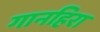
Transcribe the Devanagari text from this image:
गानहिरा